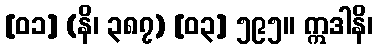
[၀၁] (နိ၊ ၃၈၇) [၀၃] ၅၉၅။ ဣဒါနိ၊